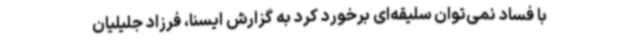
با فساد نمی‌توان سلیقه‌ای برخورد کرد به گزارش ایسنا، فرزاد جلیلیان